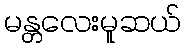
မန္တလေးမူဆယ်